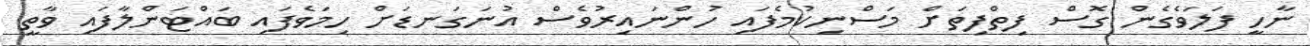
ނާހީ ފަލަވެގެން ގޮސް ފިތްފިތަށް މަސްނިކުމެފައި ހުންނައިރުވެސް އުނަގަނޑަށް ހިމަވެފައި ބައްޓަންލާފައި ވާތީ